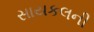
સાયકલની